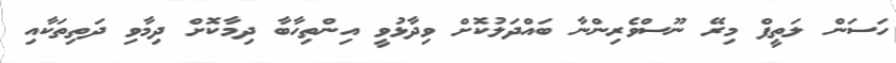
ހަސަން ލަތީފް މިރޭ ނޫސްވެރިންނާ ބައްދަލުކޮށް ވިދާޅުވީ އިންތިހާބާ ދިމާކޮށް ދިމާވި ދަތިތަކާއި